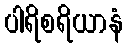
ပါရိစရိယာနံ